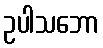
ဥပါသဘော